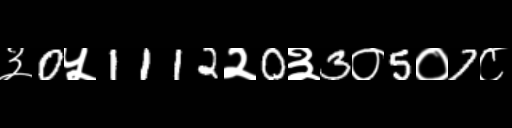
Text: ३0५1112२0३3०5०7८